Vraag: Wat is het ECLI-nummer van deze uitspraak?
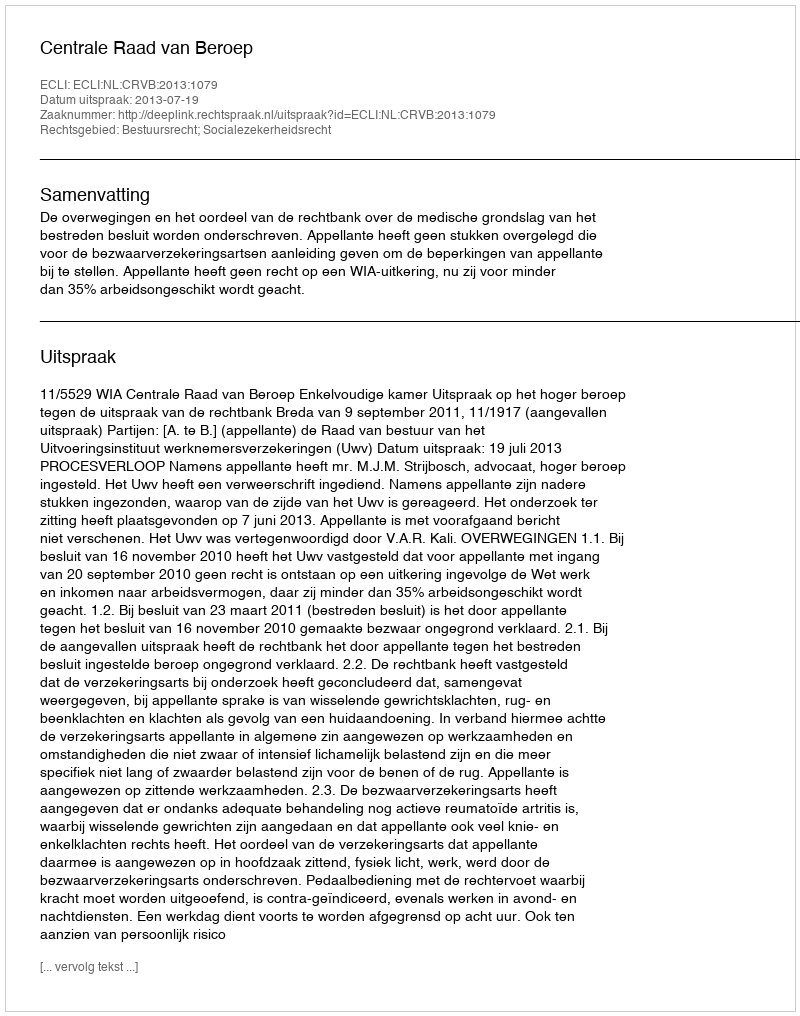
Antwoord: ECLI:NL:CRVB:2013:1079